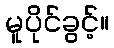
မူပိုင်ခွင့်။